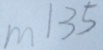
m 1 3 5